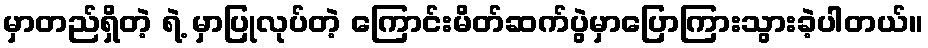
မှာတည်ရှိတဲ့ ရဲ့ မှာပြုလုပ်တဲ့ ကြောင်းမိတ်ဆက်ပွဲမှာပြောကြားသွားခဲ့ပါတယ်။